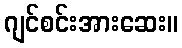
ဂျင်စင်းအားဆေး။